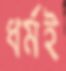
ধর্মই